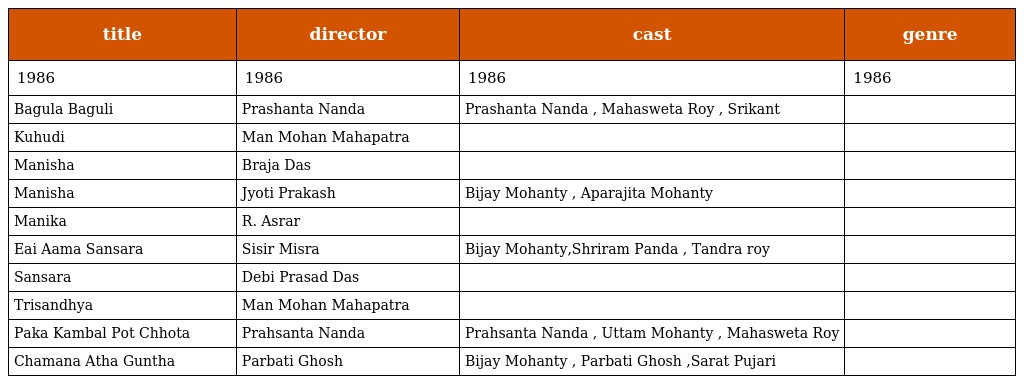
| title | director | cast | genre |
 | --- | --- | --- | --- |
 | 1986 | 1986 | 1986 | 1986 |
 | Bagula Baguli | Prashanta Nanda | Prashanta Nanda , Mahasweta Roy , Srikant |  |
 | Kuhudi | Man Mohan Mahapatra |  |  |
 | Manisha | Braja Das |  |  |
 | Manisha | Jyoti Prakash | Bijay Mohanty , Aparajita Mohanty |  |
 | Manika | R. Asrar |  |  |
 | Eai Aama Sansara | Sisir Misra | Bijay Mohanty,Shriram Panda , Tandra roy |  |
 | Sansara | Debi Prasad Das |  |  |
 | Trisandhya | Man Mohan Mahapatra |  |  |
 | Paka Kambal Pot Chhota | Prahsanta Nanda | Prahsanta Nanda , Uttam Mohanty , Mahasweta Roy |  |
 | Chamana Atha Guntha | Parbati Ghosh | Bijay Mohanty , Parbati Ghosh ,Sarat Pujari |  |